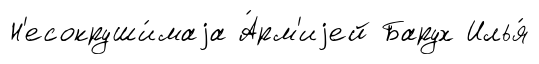
Н'есокруши́маjа А́рм'иjей Барух Илья́